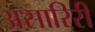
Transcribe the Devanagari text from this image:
असारिरी